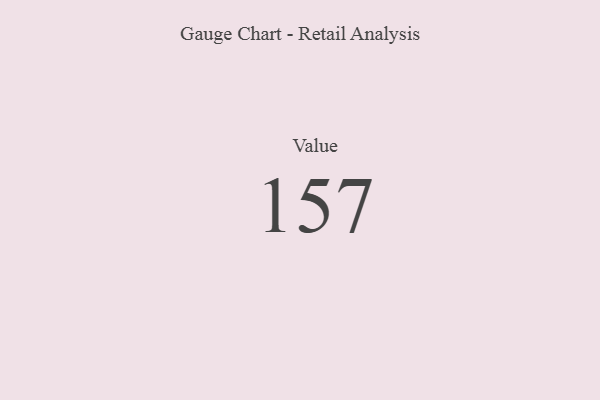
{"axis": {"x": "Metric", "y": "Value"}, "legend": [""], "data": [{"x": "Value", "y": 157, "type": ""}]}